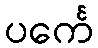
ပင်္ကေ